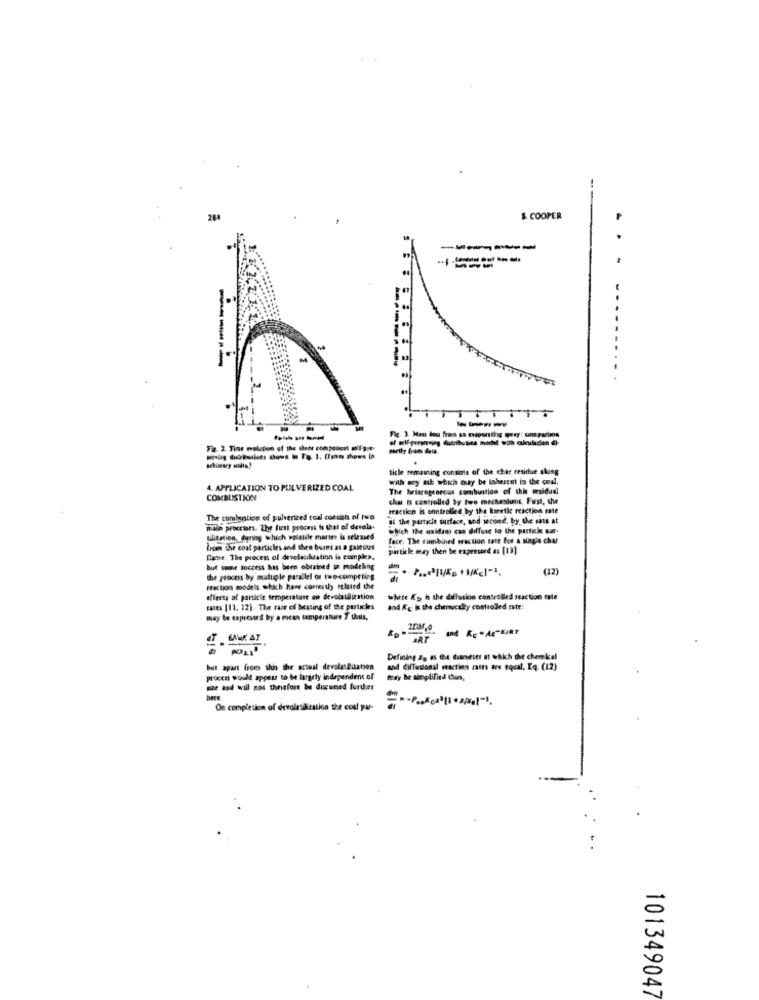
& COOPER
. .
-----
-----
---.-
. .
----
----
Fig. 3. Mou bou fron sa evaporthe gray: sem parima
Fiz. 2. Tine rolepon of the theet compracat mifait-
ticle remaining consists of the char residue along
with soy ash which ety be lahrzem in the coal,
4. APPLICATION TO PULVERIZED COAL
The heterogeneous combustion of this msidual
COMBUSTION
char is controlled By two mechaslunt. Furst, she
reaction is controlled by the kinetle reaction rate
The combustion of pulverized coal consist of five
at the particle surface, sod second, by the sats at
main processes. The first process is that of devala-
which the oxidams can diffuse to the partick war-
Bilitation, during which rolator matter & seleased
face. The rumbined waction tatt for a single char
Zrom the coat particles and then burns as a galtous
particle may then be expressed as [13]
Dase. The process of devcletikration is comples.
but some success has been obtained in modeling
(12)
the process by multiple parallel or two-competing
fillion models which have correctly related the
effects of particle temperature op devolatalization
where Kg is the diffusion controlled seaction rate
waits [11. 12). The rate of heating of the particles
and Ke is the chemically controlled cate:
may be expressed by a mean temperature Y unis,
2036.0
FAT
Defining &, as the duimeter it which the chemical
but apart from this the actual devolat@ization
and diffecional reaction raum are equal, Eq. (12)
process would appear to be largety independent of
tray be simplified thun,
size and wil not theitfort be diumed further
here.
On completion of devolesdization the coul par-
101349047